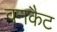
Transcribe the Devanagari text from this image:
वनकैट